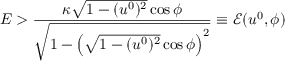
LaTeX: E > \frac { \kappa \sqrt { 1 - ( u ^ { 0 } ) ^ { 2 } } \cos \phi } { \sqrt { 1 - \left( \sqrt { 1 - ( u ^ { 0 } ) ^ { 2 } } \cos \phi \right) ^ { 2 } } } \equiv \mathcal { E } ( u ^ { 0 } , \phi )